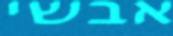
אבשי